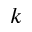
k